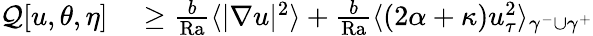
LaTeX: \begin{array}{rl}{\mathcal{Q}[u,\theta,\eta]}&{{}\geq\frac{b}{\mathrm{{Ra}}}\langle|\nabla u|^{2}\rangle+\frac{b}{\mathrm{{Ra}}}\langle(2\alpha+\kappa)u_{\tau}^{2}\rangle_{\gamma^{-}\cup\gamma^{+}}}\end{array}